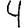
Digit: 4